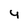
Character: 4